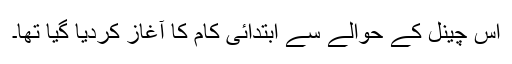
اس چینل کے حوالے سے ابتدائی کام کا آغاز کردیا گیا تھا۔